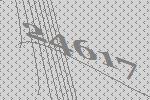
24617